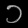
Digit: ၁